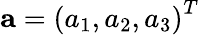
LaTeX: \mathbf{a}=\left(a_{1},a_{2},a_{3}\right)^{T}